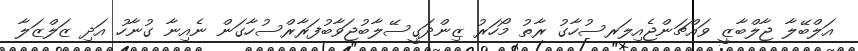
އަލްބޭލާ ޖާލްބާޒީ ވައްޗަންޖެއިލަރސުހާގު ރާތު މޯހަރު ޒިންދަގީސޭލާބުޖަވާބުފަރާރްސުހާގަން ނެއިނާ ގުނާހު އަދި ޒަލްޒަލާ